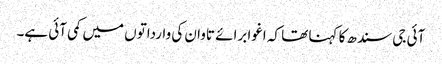
آئی جی سندھ کا کہنا تھا کہ اغوا برائے تاوان کی وارداتوں میں کمی آئی ہے۔